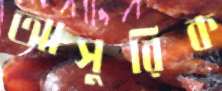
আসুরিক